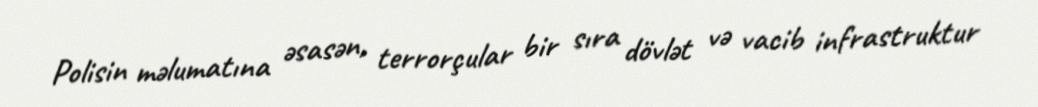
Polisin məlumatına əsasən, terrorçular bir sıra dövlət və vacib infrastruktur